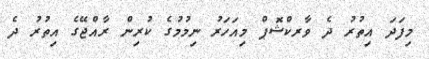
މިފަދަ އިތުރު ދެ ވާރކްޝޮޕް މިއަހަރު ނިމުމުގެ ކުރިން ރާއްޖޭގެ އިތުރު ދެ